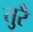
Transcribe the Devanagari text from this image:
तुरै